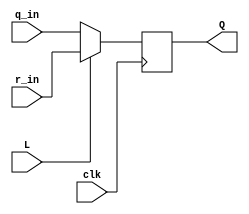
// Exercise 3-2-1-11: Mux and DFF 1
module MuxNDFF1 (
    input clk,
	input L,
	input r_in,
	input q_in,
	output reg Q
);
    //seq
    always @(posedge clk) begin
        Q <= L ? r_in : q_in;
    end
endmodule